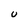
Character: U